Civil Veterinary Department Bengal reports 1923-33 - 1923-1933
Year: 1923
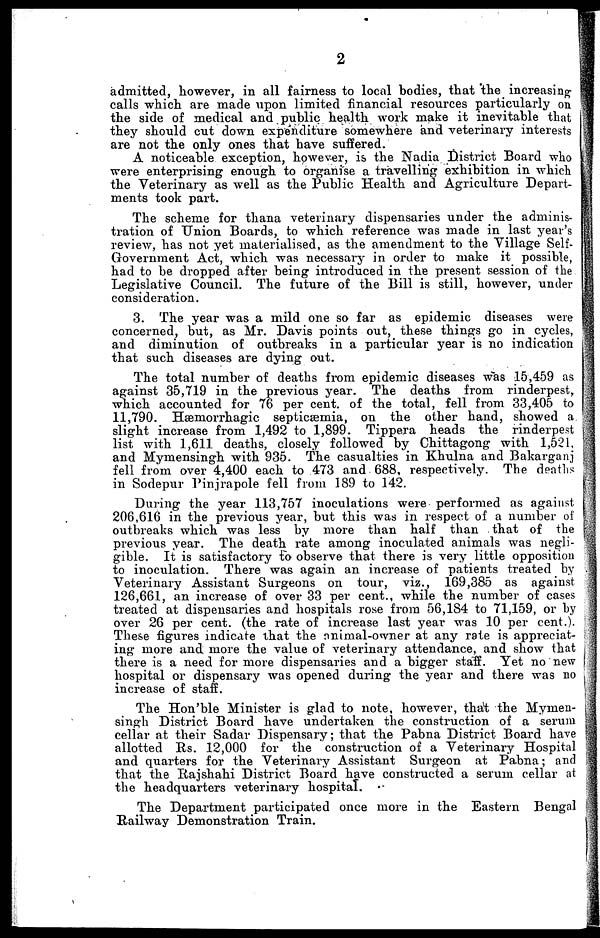
2
admitted, however, in all fairness to local bodies, that the increasing
calls which are made upon limited financial resources particularly on
the side of medical and public health work make it inevitable that
they should cut down expenditure somewhere and veterinary interests
are not the only ones that have suffered.
A noticeable exception, however, is the Nadia District Board who
were enterprising enough to organise a travelling exhibition in which
the Veterinary as well as the Public Health and Agriculture Depart-
ments took part.
The scheme for thana veterinary dispensaries under the adminis-
tration of Union Boards, to which reference was made in last year's
review, has not yet materialised, as the amendment to the Village Self-
Government Act, which was necessary in order to make it possible,
had to be dropped after being introduced in the present session of the
Legislative Council. The future of the Bill is still, however, under
consideration.
3. The year was a mild one so far as epidemic diseases were
concerned, but, as Mr. Davis points out, these things go in cycles,
and diminution of outbreaks in a particular year is no indication
that such diseases are dying out.
The total number of deaths from epidemic diseases was 15,459 as
against 35,719 in the previous year. The deaths from rinderpest,
which accounted for 76 per cent. of the total, fell from 33,405 to
11,790. Hæmorrhagic septicæmia, on the other hand, showed a
slight increase from 1,492 to 1,899. Tippera heads the rinderpest
list with 1,611 deaths, closely followed by Chittagong with 1,521,
and Mymensingh with 935. The casualties in Khulna and Bakarganj
fell from over 4,400 each to 473 and 688, respectively. The deaths
in Sodepur Pinjrapole fell from 189 to 142.
During the year 113,757 inoculations were performed as against.
206,616 in the previous year, but this was in respect of a number of
outbreaks which was less by more than half than that of the
previous year. The death rate among inoculated animals was negli-
gible. It is satisfactory to observe that there is very little opposition
to inoculation. There was again an increase of patients treated by
Veterinary Assistant Surgeons on tour, viz., 169,385 as against
126,661, an increase of over 33 per cent., while the number of cases
treated at dispensaries and hospitals rose from 56,184 to 71,159, or by
over 26 per cent. (the rate of increase last year was 10 per cent.).
These figures indicate that the animal-owner at any rate is appreciat-
ing more and more the value of veterinary attendance, and show that
there is a need for more dispensaries and a bigger staff. Yet no new
hospital or dispensary was opened during the year and there was no
increase of staff.
The Hon'ble Minister is glad to note, however, that the Mymen-
singh District Board have undertaken the construction of a serum
cellar at their Sadar Dispensary; that the Pabna District Board have
allotted Rs. 12,000 for the construction of a Veterinary Hospital
and quarters for the Veterinary Assistant Surgeon at Pabna; and
that the Rajshahi District Board have constructed a serum cellar at
the headquarters veterinary hospital.
The Department participated once more in the Eastern Bengal
Railway Demonstration Train.